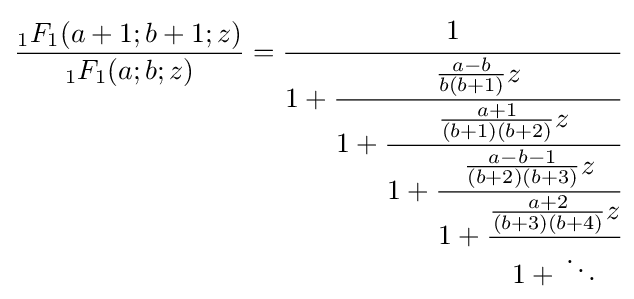
{\frac {{}_{1}F_{1}(a+1;b+1;z)}{{}_{1}F_{1}(a;b;z)}}={\cfrac {1}{1+{\cfrac {{\frac {a-b}{b(b+1)}}z}{1+{\cfrac {{\frac {a+1}{(b+1)(b+2)}}z}{1+{\cfrac {{\frac {a-b-1}{(b+2)(b+3)}}z}{1+{\cfrac {{\frac {a+2}{(b+3)(b+4)}}z}{1+{}\ddots }}}}}}}}}}